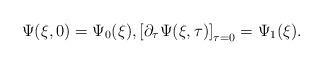
LaTeX: \begin{align*}\Psi(\xi, 0) = \Psi_{0}(\xi),\left[\partial_{\tau}\Psi(\xi, \tau)\right]_{\tau=0} = \Psi_{1}(\xi).\end{align*}